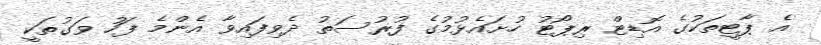
އެ ޕާޓީތަކުގެ އޮޑިޓް ރިޕޯޓު ހުށައެޅުމުގެ ފުރުސަތު ދެވިފައިވާ އެންމެ ފަހު ވަގުތަކީ